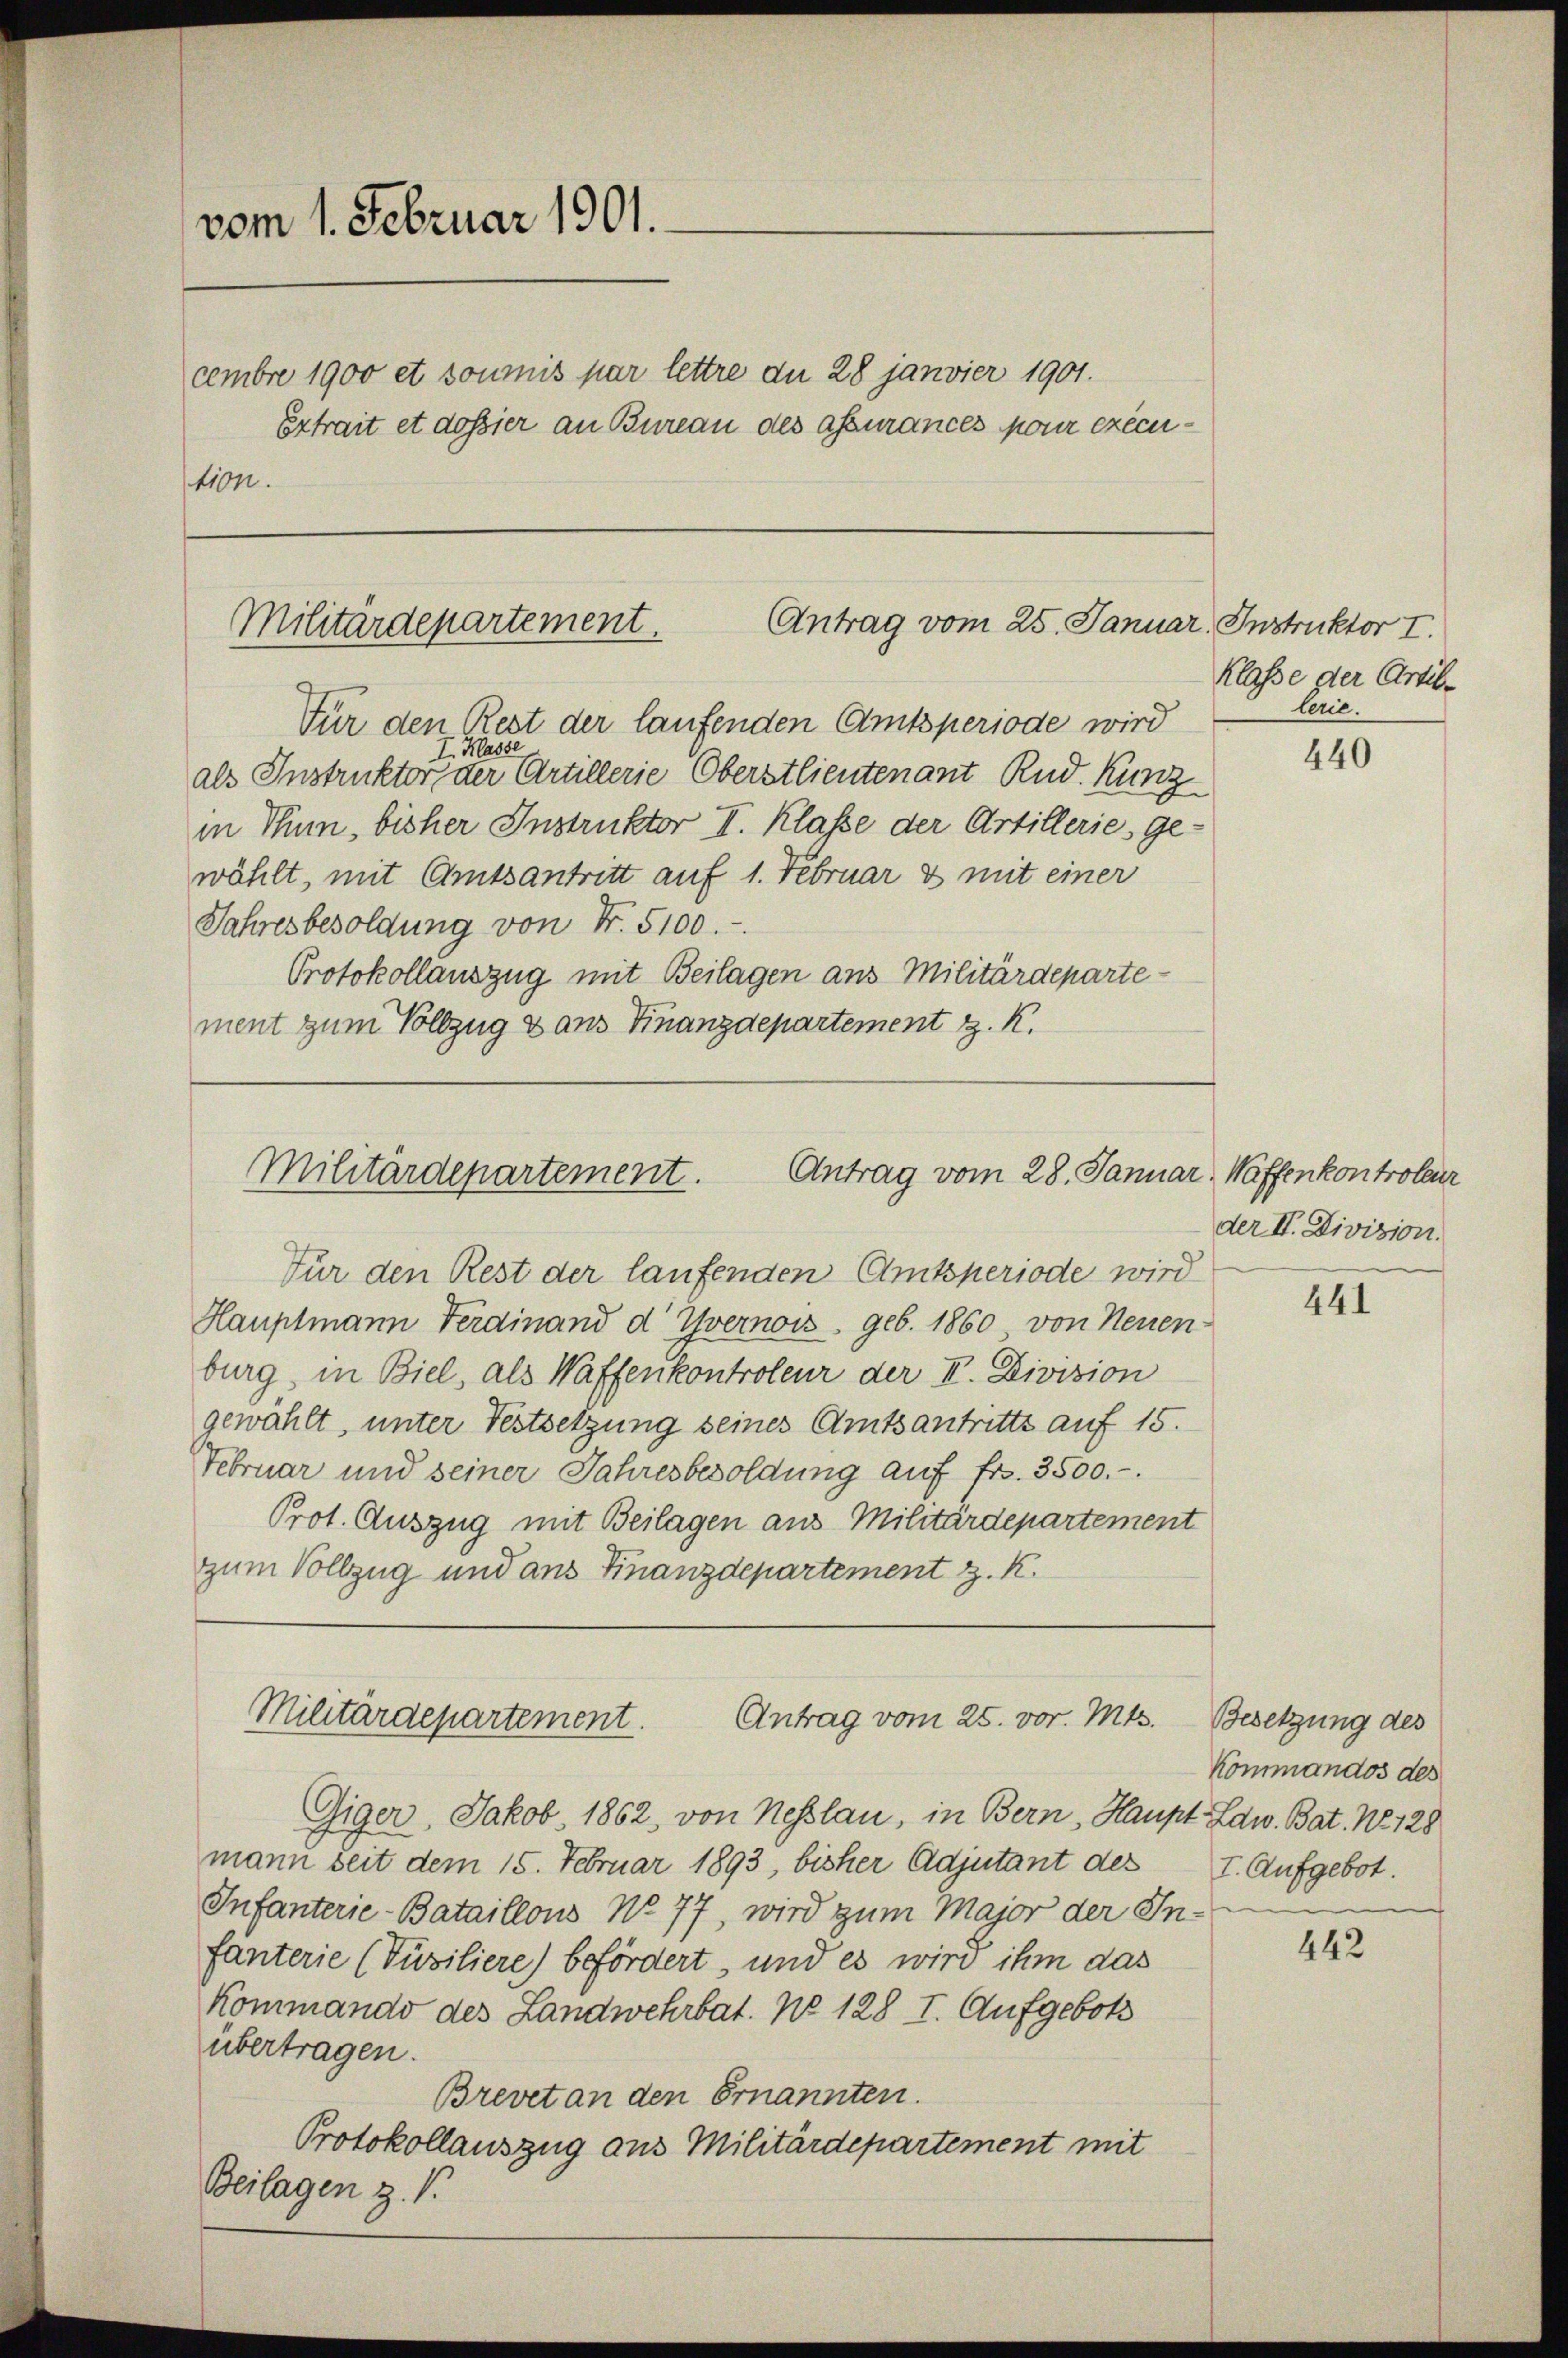
vom 1. Februar 1901.
cembre 1900 et soumis par lettre an 28 janvier 1901.
Extrait et dossier an Bureau des assurances pour execustion.

Antrag vom 25. Januar, Instruktor I.
Militärdepartement.

Für den Rest der laufenden Amtsperiode wird
I. Masse
als Instruktor der Artillerie Oberstlieutenant Rud. Kunz
in Thun, bisher Instruktor I. Klasse der Artillerie, Ge-
wählt, mit Amtsantritt auf 1. Februar & mit einer
Jahresbesoldung von Nr. 5100.-
Protokollauszug mit Beilagen aus Militärdepartement zum Vollzug & aus Finanzdepartement z. K.

Antrag vom 28. Januar
Militärdepartement.

Militärdepartement.
Antrag vom 25. vor. Mts. Besetzung des

Klasse der Artillerie.

Für den Rest der laufenden Amtsperiode wird
Hauptmann Ferdinand d Yvernow geb. 1860 von Neuen
burg, in Biel, als Waffenkontroleur der II. Division
gewählt, unter Festsetzung seines Amtsantritts auf 15.
Februar und seiner Jahresbesoldung auf fr. 3500.-.
Prot. Auszug mit Beilagen aus Militärdepartement
zum Vollzug und aus Finanzdepartement z. K.

Giger, Jakob. 1862, von Nesslau, in Bern, Haupt Edw. Bat. No. 128
mann seit dem 15. Februar 1893, bisher Adjutant des I. Aufgebot.
Infanterie-Bataillons No. 77, wird zum Major der In-
fanterie (Püsiliere) befördert, und es wird ihm das
Kommando des Landwehrbat. No 128 I. Aufgebots
übertragen.
Brevet an den Ernannten.
Protokollauszug aus Militärdepartement mit
Beilagen z. B.

440

Waffenkontroleur
der II. Division.

441

Kommandos des

442